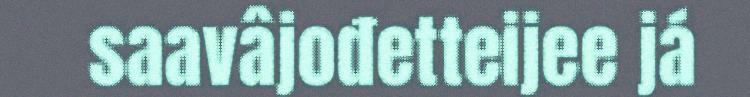
saavâjođetteijee já